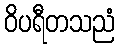
ဝိပရီတသညံ